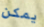
يمكن